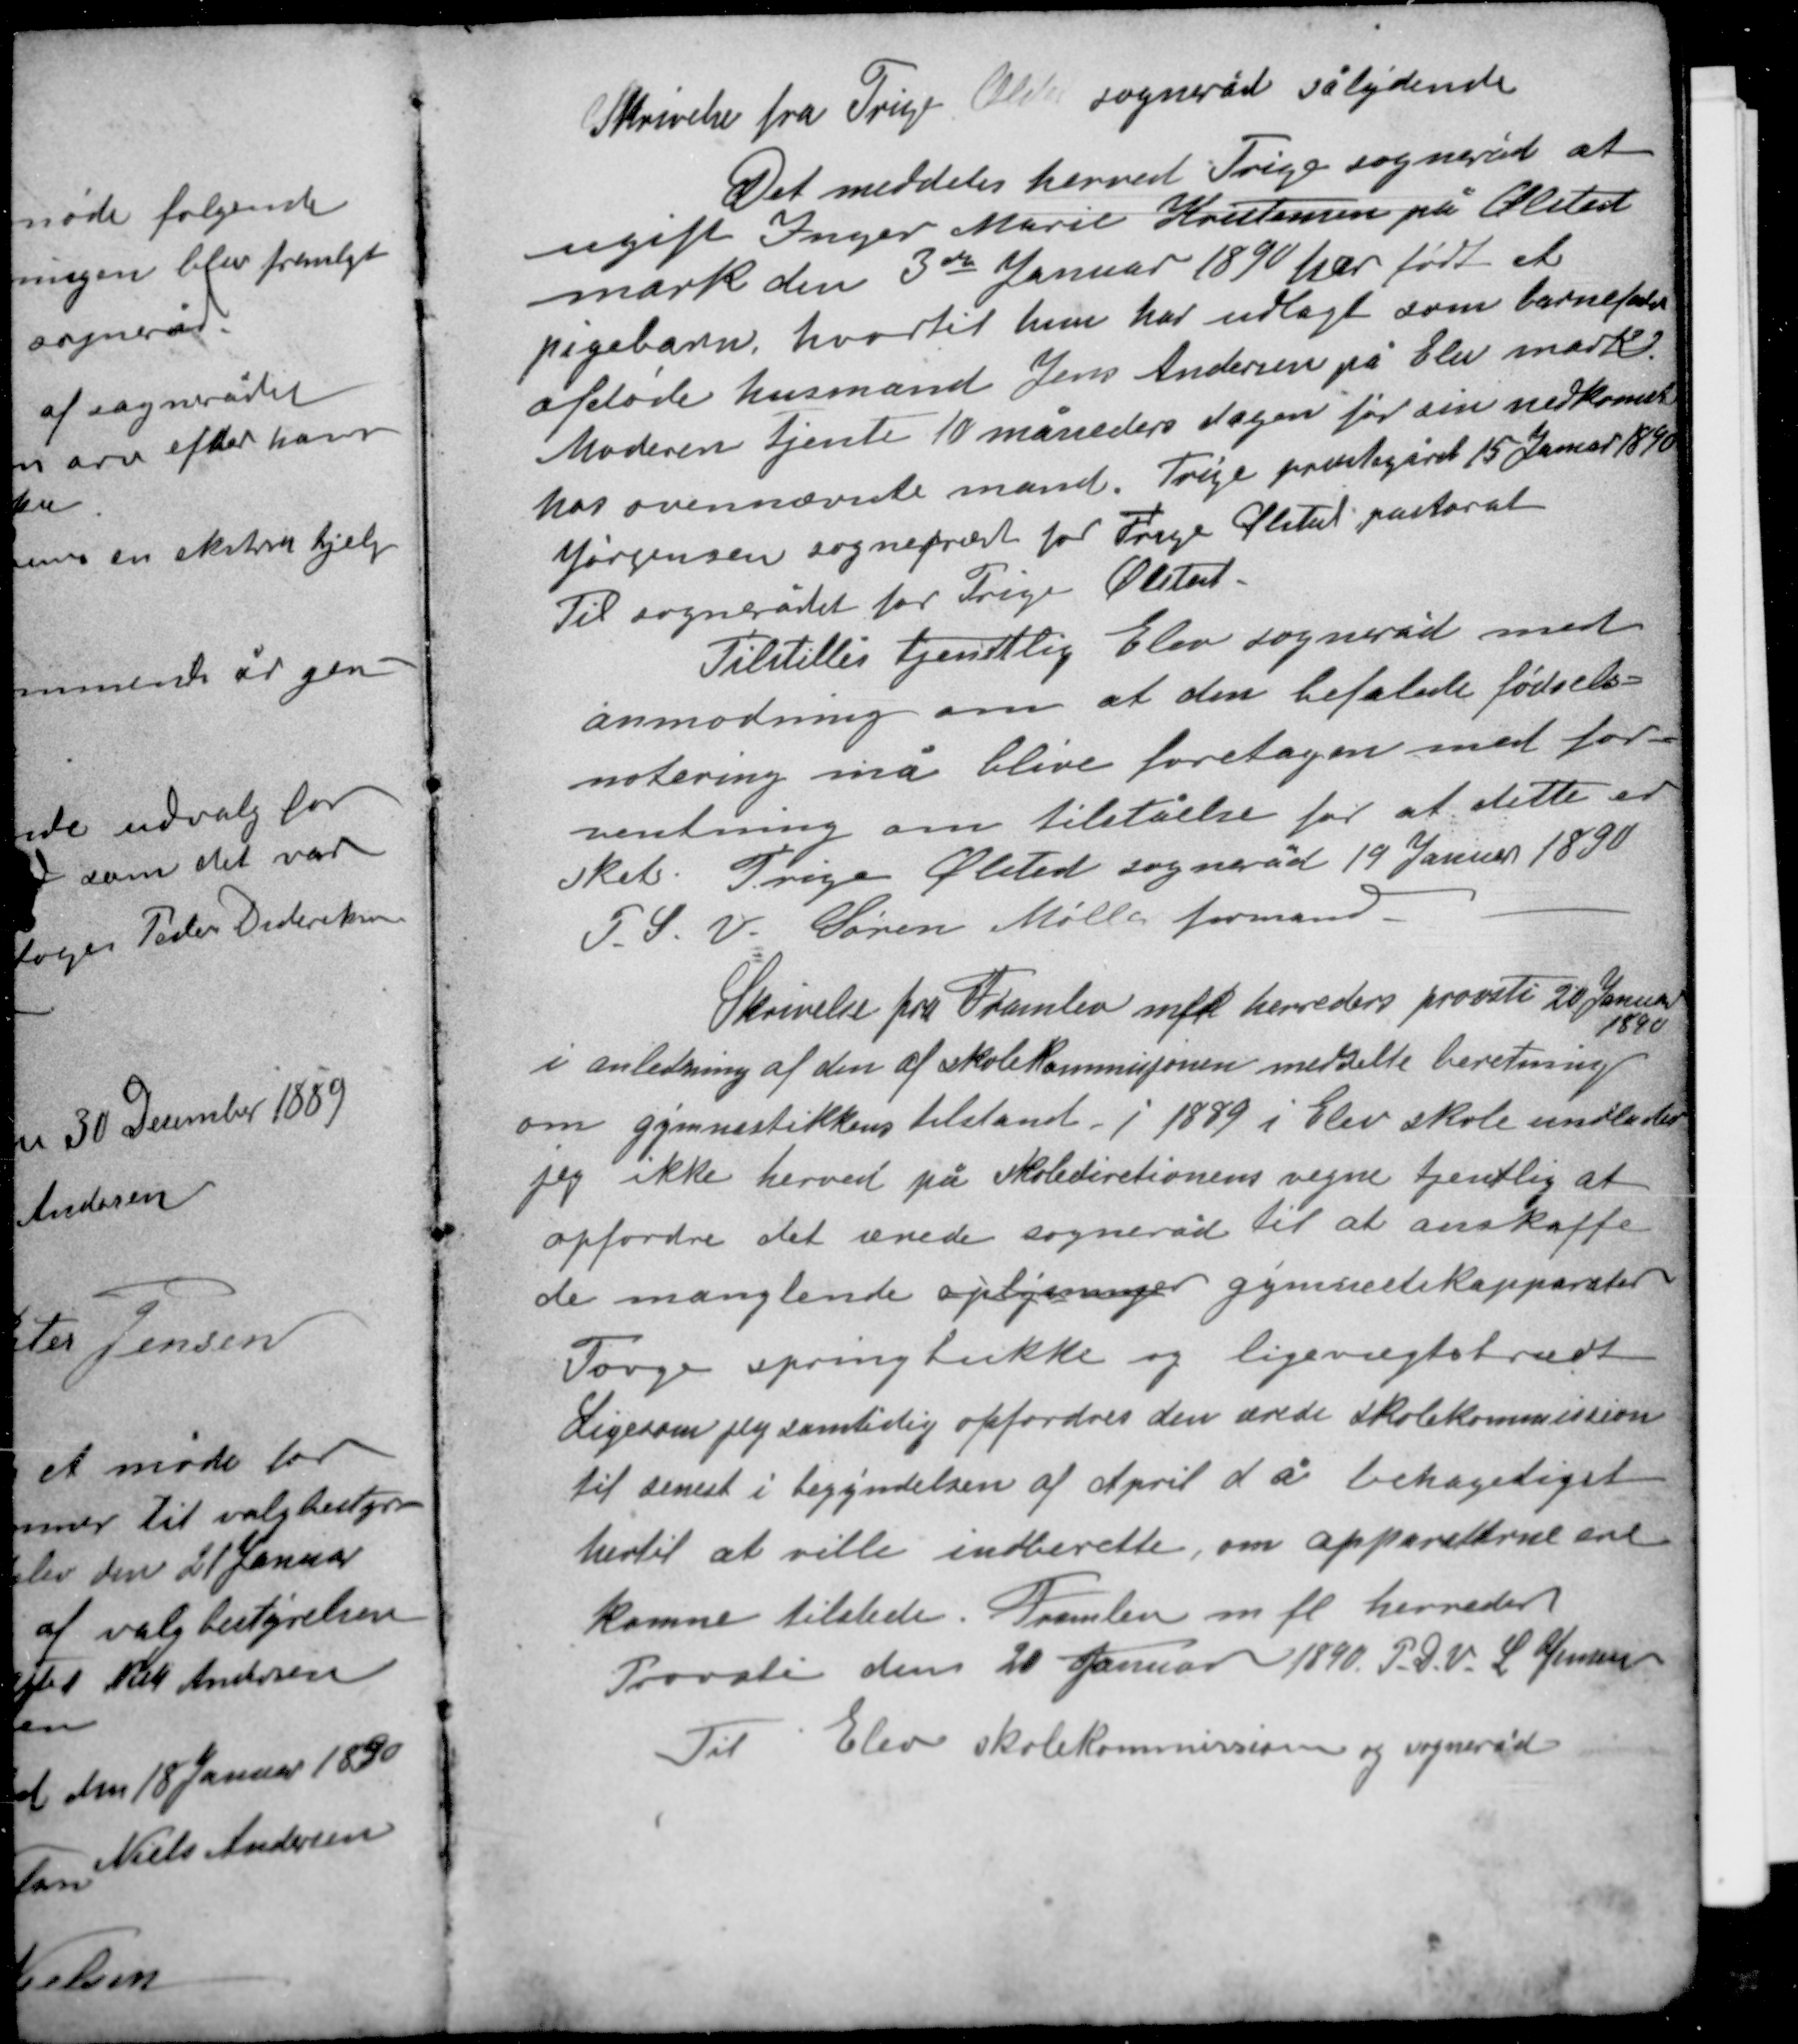
Transskription:
Skrivelse fra Trige Ølsted sogneråd sålydende

Det meddeles herved Trige sogneråd at
ugift Inger Marie Kristensen på Ølsted
mark den 3die Januar 1890 har født et
pigebarn hvortil hun har udlagt som barnefader
afdøde husmand Jens Andersen på Elev mark.
Moderen tjente 10 måneders dagen før sin nedkomst
hos ovennævnte mand. Trige provstegård 15 Januar 1890
Jørgensen sognepæst for Trige Ølsted pastorat
Til sognerådet for Trige Ølsted.

Tilstilles tjenstlig Elev sogneråd med
anmodning om at den befalede fødsels-
notering må blive foretagen med for-
ventning om tilståelse for at dette er
sket. Trige Ølsted sogneråd 19 Januar 1890
P. S. V. Søren Møller formand.

Skrivelse fra Framlev mfl herreders provsti 20 Januar
1890
i anledning af den af skolekommisjonen meddelte beretning
om gymnastikkens tilstand i 1889 i Elev skole undlader
jeg ikke herved på skoledirektionens vegne tjenstlig at
opfordre det ærede sogneråd til at anskaffe
de manglende apløjmger gymnastikapparater.
Tovge springbukke og ligevægtsbrædt.
Ligesom jeg samtidig opfordrer den ærede skolekommission
til senest i begyndelsen af April d.å behageligst
hertil at ville indberette, om apparaterne ere
komne tilstede. Framlev m.fl. herreders
Provsti den 20 Januar 1890 P.S.V. L Jensen

Til Elev skolekommission og sogneråd